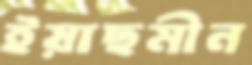
ইয়াছমীন